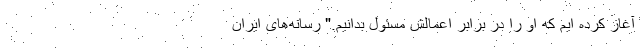
آغاز کرده ایم که او را در برابر اعمالش مسئول بدانیم." رسانه‌های ایران